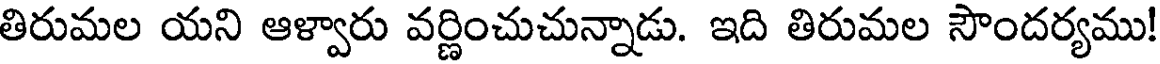
తిరుమల యని ఆళ్వారు వర్ణించుచున్నాడు. ఇది తిరుమల సౌందర్యము!